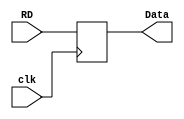
`timescale 1ns / 1ps


module Data_Memory_Reg(clk,RD,Data);

input clk;
input [31:0]RD;
output reg [31:0]Data;

always@(posedge clk)
begin
  Data<=RD;
end

endmodule